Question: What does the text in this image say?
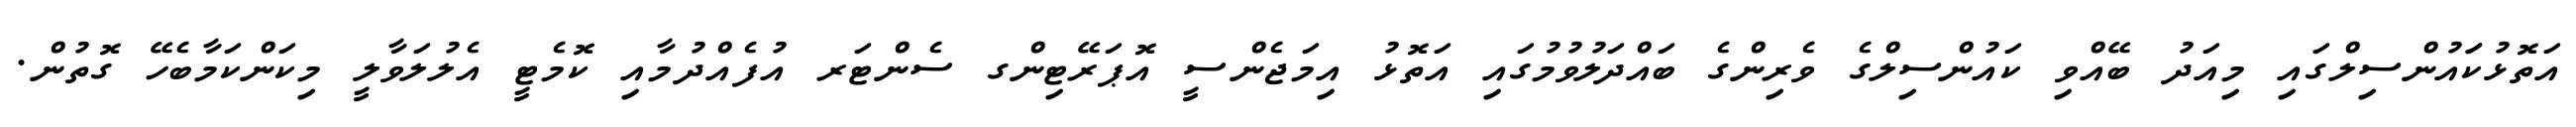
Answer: އަތޮޅުކަައުންސިލްގައި މިއަދު ބޭއްވި ކައުންސިލްގެ ވެރިންގެ ބައްދަލުވުމުގައި އަތޮޅު އިމަޖެންސީ އޮޕަރޭޓިންގ ސެންޓަރ އުފެއްދުމާއި ކޮމެޓީ އެލުލަވާލީ މިކަންކަމާބެހޭ ގޮތުން.